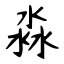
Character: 淼